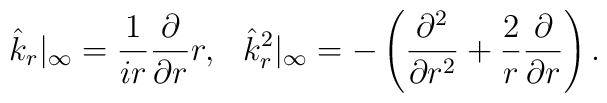
\hat k_r|_\infty={1\over ir}{\partial\over\partial r}r,\hskip0.3cm \hat k_r^2|_\infty=-\left({\partial^2\over\partial r^2}+{2\over r}{\partial\over\partial r}\right).